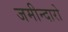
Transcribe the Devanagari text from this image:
जमीन्दारो